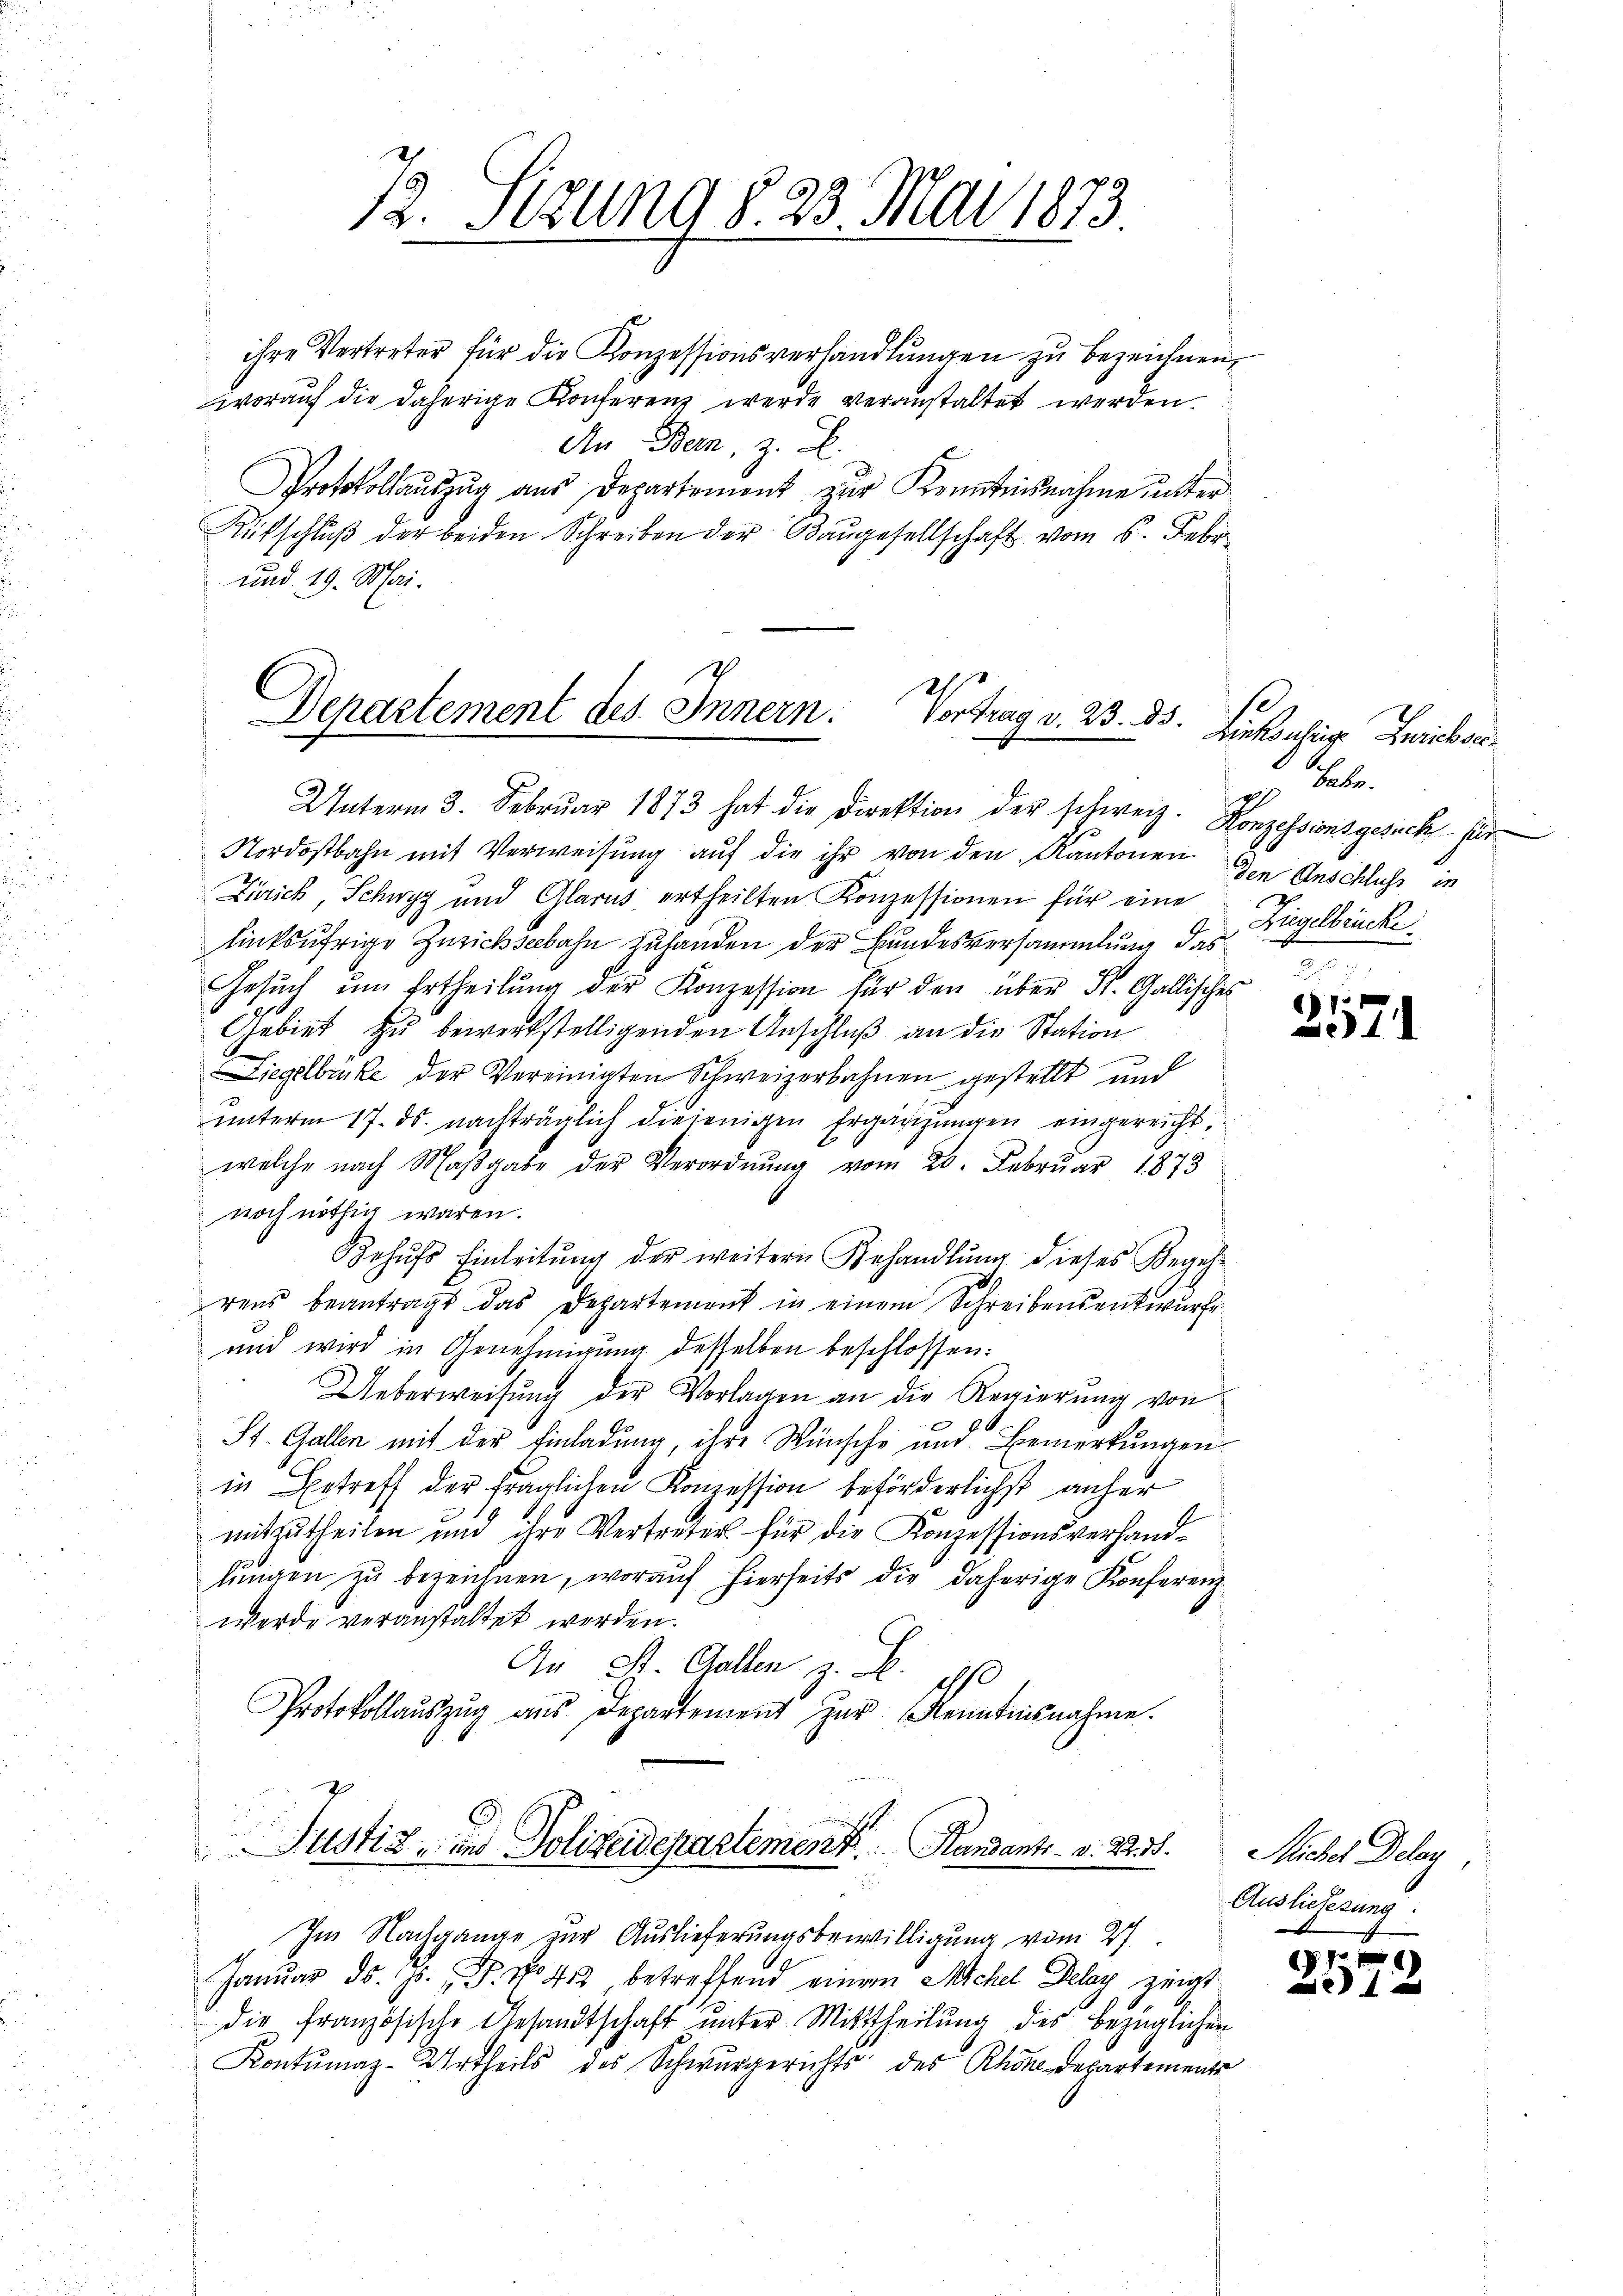
7. Sizung § 23 Mai 1873

ihre Vertreter für die Konzessionsverhandlungen zu bezeichnen,
woraŭf die daherige Konferenz werde veranstaltet werden.
An Bern, z. B.
Protokollauszug aus Departement zur Kenntnisnahme unter
Rütschlŭβ der beiden Schreiben der Baŭgesellschaft vom 5. Febr.
und 19. Mai.

Departement des Innern: Vortrag v. 23. ds. Hiekonig Zwieber¬
Unterm 3. Febrŭar 1873 hat die Direktion der schweiz. Konzessionsgesuch für

Nordostbahn mit Verweisung auf die ihr von den Kantonen
Zürich, Schwyz und Glarus ertheilten Konzessionen für eine Ziegelbrücke
linksufrige Zürichseebahn zuhanden der Bundesversammlung das
Gesŭch ŭm Ertheilŭng der Konzession für den über St. Gallisches
Gebiet zu bewerkstelligenden Anschluß an die Station
e
Liegelbrüke der Vereinigten Schweizerbahnen gestellt und
ŭnterm 17. ds. nachträglich diejenigen Ergänzungen eingereichtwelche nach Maβgabe der Verordnŭng vom 20. Febrŭar 1873
noch nöthig waren.
Behŭfs Einleitŭng der weitern Behandlŭng dieses Begeh-
rens beantragt das Departement in einem Schreibensentwurfe
und wird in Genehmigung desselben beschlossen:
Ueberweisung der Vorlagen an die Regierung von
E
St. Gallen mit der Einladung, ihre Wünsche und Bemerkungen
in Betreff der fraglichen Konzession beförderlichst anher
mitzutheilen und ihre Vertreter für die Konzessionsverhand-
lŭngen zŭ bezeichnen, woraŭf hierseits die daherige Konferenz
werde veranstaltet werden.
An St. Gallen z. B.
d
Protokollaŭszŭg aŭs Departement zŭr Kenntnisnahme.
u
Justiz- und Polizeidepartement. Handants. v. 22. 3.
Im Nachgange zur Auslieferungsbewilligung vom 27.
Januar d. Js. P. No. 452 betreffend einem Michel Delay zeigt
die französische Gesandtschaft unter Mittheilung des bezüglichen
Kontumaz-Urtheils des Schwurgerichts des Rhöne Departemente

s
Tabe
r
den Anschluss in

4

Micher Delen
Auslieferung.

17 f 2